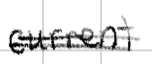
Text: currently
Cross-out: double-line
Writing tool: digital_black